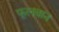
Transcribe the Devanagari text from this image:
फूलबान